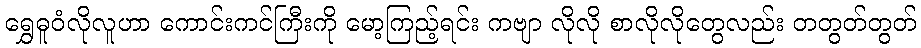
ရွှေဓူဝံလိုလူဟာ ကောင်းကင်ကြီးကို မော့ကြည့်ရင်း ကဗျာ လိုလို စာလိုလိုတွေလည်း တတွတ်တွတ်